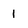
Character: 1